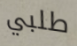
طلبي